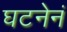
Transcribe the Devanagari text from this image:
घटनेनं